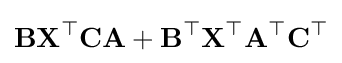
\mathbf {BX^{\top }CA} +\mathbf {B^{\top }X^{\top }A^{\top }C^{\top }}